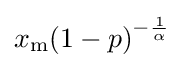
x_{\mathrm {m} }{(1-p)}^{-{\frac {1}{\alpha }}}